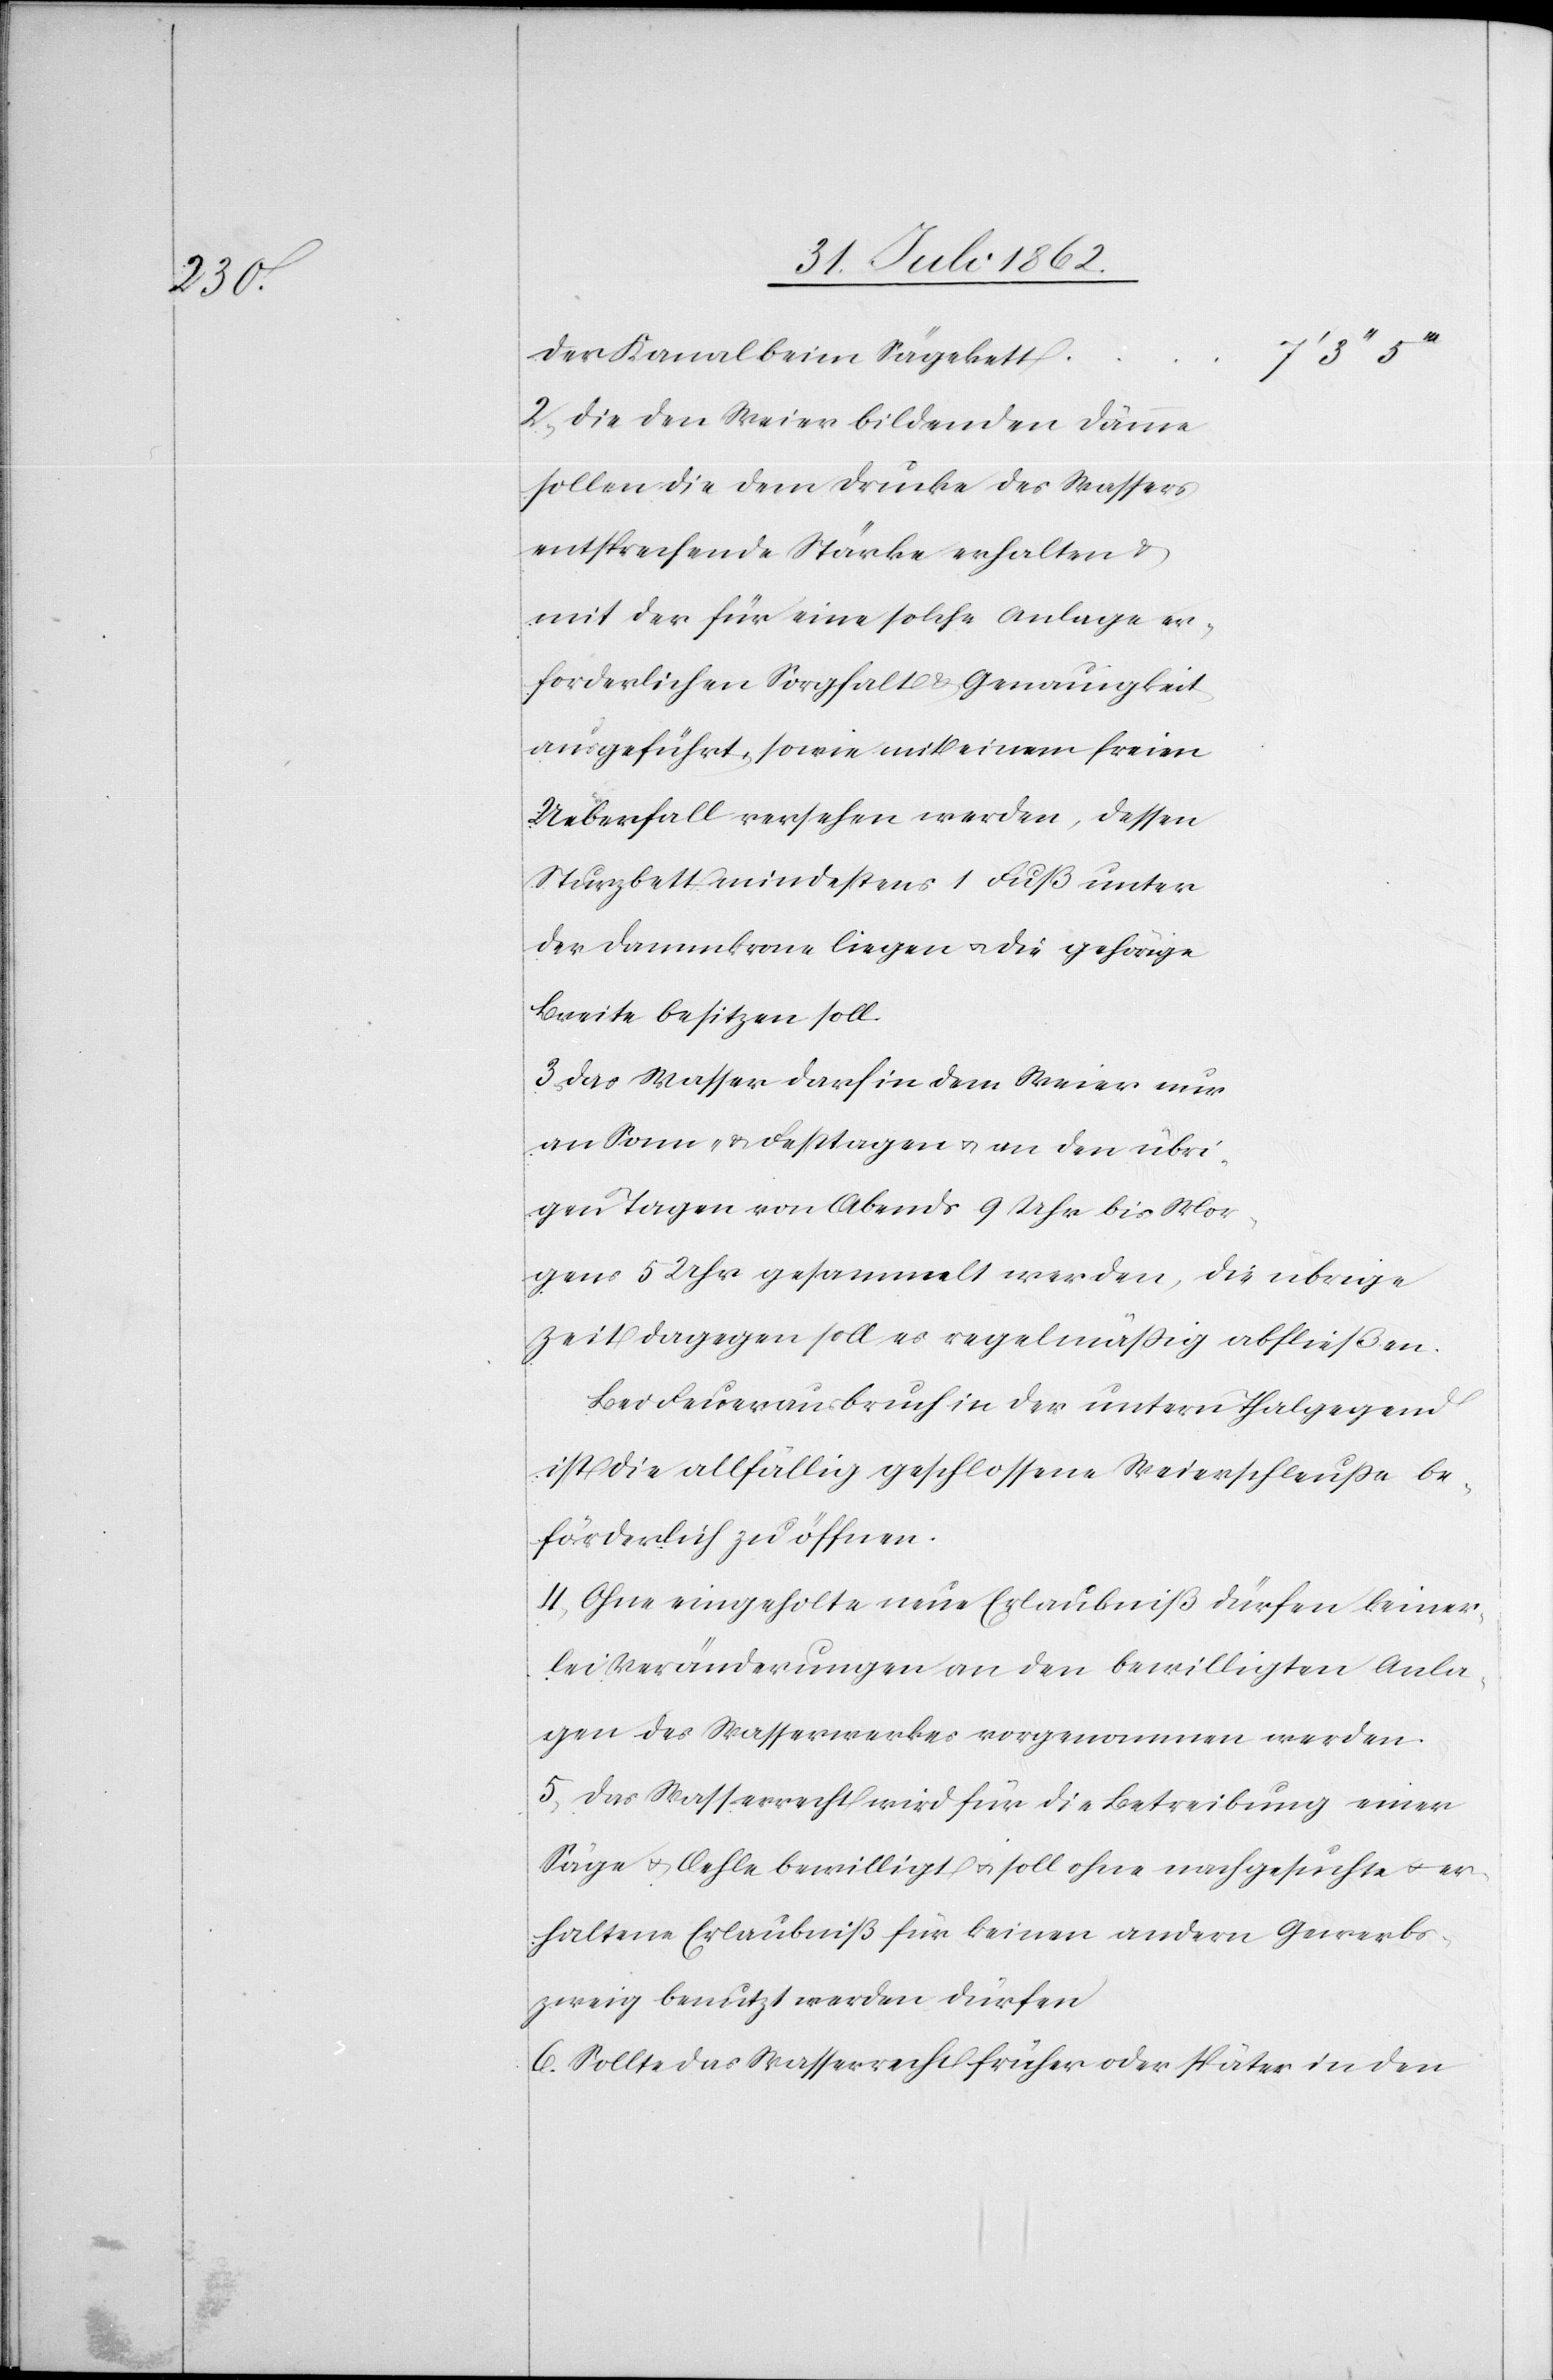
Der Kanal beim Sägebett
3’’
2. Die den Weier bildenden Dämme
sollen die dem Drucke des Wassers
entsprechende Stärke erhalten u.
mit der für eine solche Anlage er¬
forderlichen Sorgfalt u. Genauigkeit
ausgeführt, sowie mit einem freien
Ueberall versehen werden, dessen
Sturzbett mindestens 1 Fuß unter
der Dammkrone liegen u. die gehörige
Breite besitzen soll.
3. Das Wasser darf in dem Weier nur
an Sonn- u. Festtagen u. an den übri¬
gen Tagen von Abends 9 Uhr bis Mor¬
gens 5 Uhr gesammelt werden, die übrige
Zeit dagegen soll es regelmäßig abfließen.
Bei Feuerausbruch in der untern Thalgegend
ist die allfällig geschlossene Weierschleuße be¬
förderlich zu öffnen.
4. Ohne eingeholte neue Erlaubniß dürfen keiner¬
lei Veränderungen an den bewilligten Anla¬
gen des Wasserwerkes vorgenommen werden.
5. Das Wasserrecht wird für die Betreibung einer
Säge u. Oehle bewilligt u. soll ohne nachgesuchte u. er¬
haltene Erlaubniß für keinen andern Gewerbs¬
zweig benutzt werden dürfen[.]
6. Sollte das Wasserrecht früher oder später in den